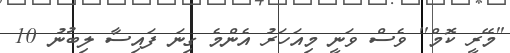
''މޭރީ ކޮމް'' ވެސް ވަނީ މިއަހަރު އެންމެ ގިނަ ފައިސާ ލިބުނު 10